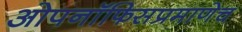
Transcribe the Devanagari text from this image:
ओपनॉफिसप्रमाणेच